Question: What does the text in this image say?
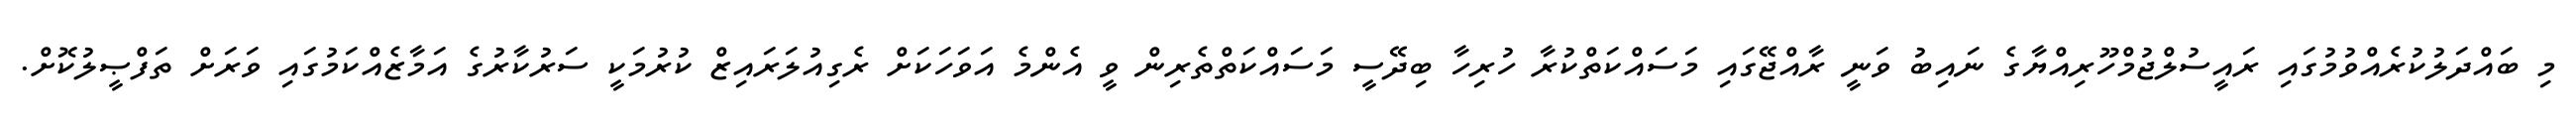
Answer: މި ބައްދަލުކުރެއްވުމުގައި ރައީސުލްޖުމްހޫރިއްޔާގެ ނައިބު ވަނީ ރާއްޖޭގައި މަސައްކަތްކުރާ ހުރިހާ ބިދޭސީ މަސައްކަތްތެރިން ވީ އެންމެ އަވަހަކަށް ރެގިއުލަރައިޒް ކުރުމަކީ ސަރުކާރުގެ އަމާޒެއްކަމުގައި ވަރަށް ތަފްޞީލުކޮށް.